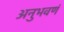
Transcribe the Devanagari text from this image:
अनुभवणं